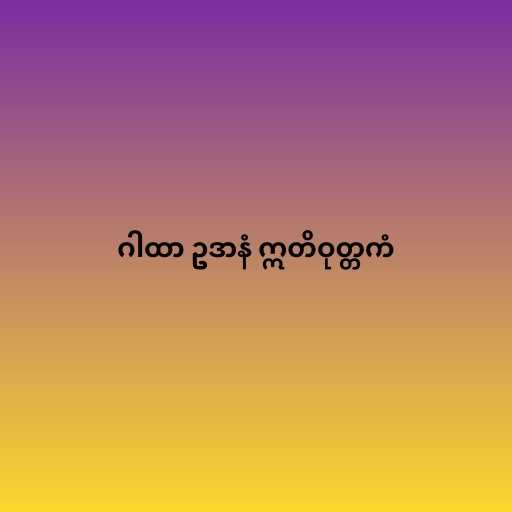
ဂါထာ ဥဒာနံ ဣတိဝုတ္တကံ